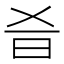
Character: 𣅎